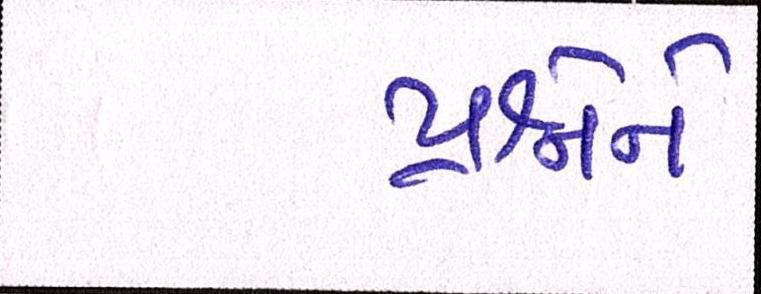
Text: પ્રશ્નોને